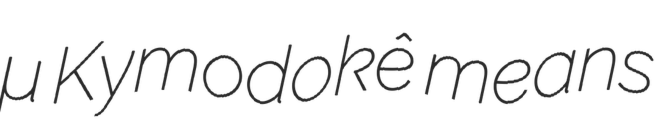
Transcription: Κυμοδόκη Kymodokê means